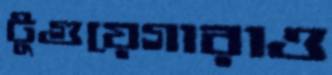
টুগুয়েগারাও